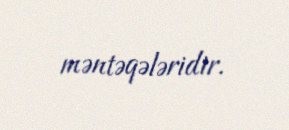
məntəqələridir.